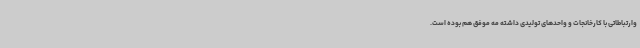
وارتباطاتی با کارخانجات و واحدهای تولیدی داشته مه موفق هم بوده است.